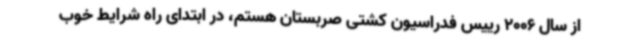
از سال 2006 رییس فدراسیون کشتی صربستان هستم، در ابتدای راه شرایط خوب